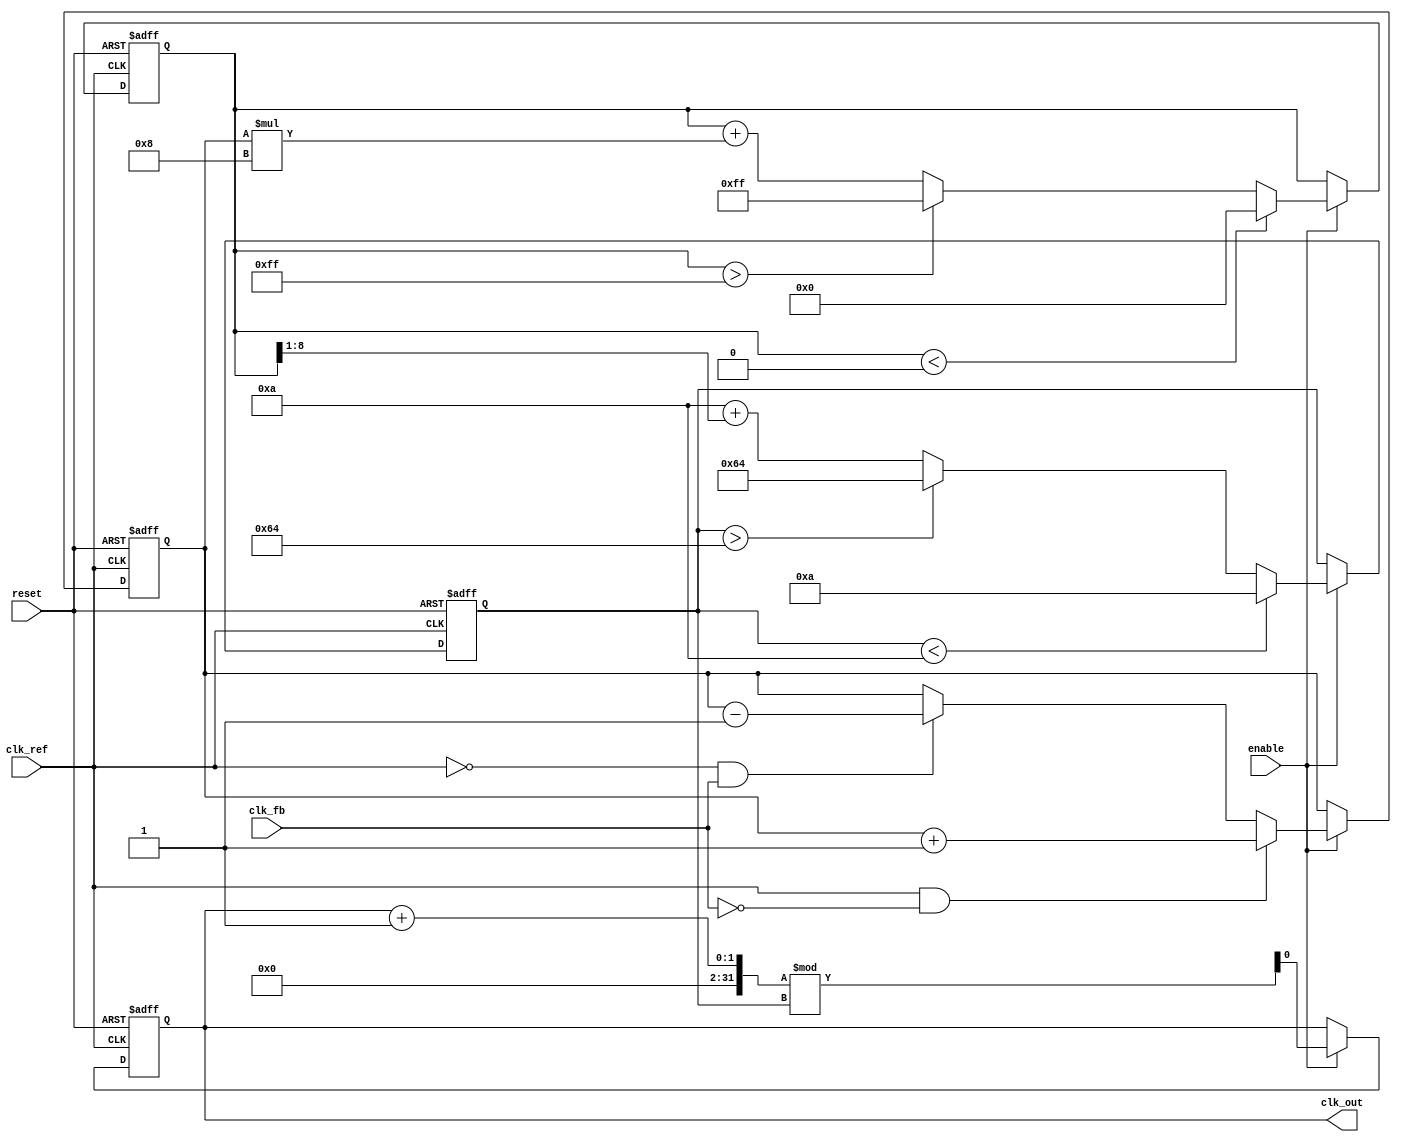
module MemoryBlocksPLL (
    input wire clk_ref,         // Reference clock
    input wire clk_fb,          // Feedback clock
    input wire reset,           // Reset signal
    input wire enable,          // Enable signal
    output reg clk_out          // Output clock
);

    // Parameters for the loop filter
    parameter LF_GAIN = 8;      // Loop filter gain
    parameter VCO_MAX_FREQ = 100; // Max frequency for VCO
    parameter VCO_MIN_FREQ = 10;  // Min frequency for VCO

    // Internal signals
    reg [7:0] phase_error;      // Phase error signal
    reg [15:0] control_voltage;  // Control voltage for VCO
    reg [7:0] vco_frequency;     // Current VCO frequency
    reg [7:0] memory_block [0:15]; // Memory blocks for phase information
    integer i;

    // Phase Detector (PD)
    always @(posedge clk_ref or posedge reset) begin
        if (reset) begin
            phase_error <= 0;
        end else if (enable) begin
            // Simple phase detection logic (example)
            if (clk_ref && !clk_fb) begin
                phase_error <= phase_error + 1; // Phase leads
            end else if (!clk_ref && clk_fb) begin
                phase_error <= phase_error - 1; // Phase lags
            end
        end
    end

    // Loop Filter (LF)
    always @(posedge clk_ref or posedge reset) begin
        if (reset) begin
            control_voltage <= 0;
        end else if (enable) begin
            control_voltage <= control_voltage + (phase_error * LF_GAIN);
            // Clamp control voltage to prevent overflow
            if (control_voltage > 255) control_voltage <= 255;
            if (control_voltage < 0) control_voltage <= 0;
        end
    end

    // Voltage-Controlled Oscillator (VCO)
    always @(posedge clk_ref or posedge reset) begin
        if (reset) begin
            vco_frequency <= VCO_MIN_FREQ;
            clk_out <= 0;
        end else if (enable) begin
            // Adjust VCO frequency based on control voltage
            vco_frequency <= VCO_MIN_FREQ + (control_voltage >> 1); // Simple scaling
            if (vco_frequency > VCO_MAX_FREQ) vco_frequency <= VCO_MAX_FREQ;
            if (vco_frequency < VCO_MIN_FREQ) vco_frequency <= VCO_MIN_FREQ;

            // Generate output clock based on VCO frequency
            clk_out <= (clk_out + 1) % vco_frequency; // Simple clock generation
        end
    end

    // Memory Blocks for phase information
    always @(posedge clk_ref or posedge reset) begin
        if (reset) begin
            for (i = 0; i < 16; i = i + 1) begin
                memory_block[i] <= 0; // Initialize memory blocks
            end
        end else if (enable) begin
            // Store phase information in memory blocks (example)
            memory_block[0] <= phase_error; // Store latest phase error
            // Additional logic can be added to utilize memory blocks
        end
    end

endmodule